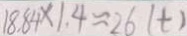
1 8 . 8 4 \times 1 . 4 \approx 2 6 ( t )